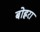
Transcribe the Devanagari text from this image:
बोह्ररा